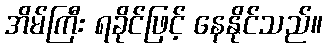
အိမ်ကြီး ရခိုင်ဖြင့် နေနိုင်သည်။